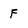
Character: F